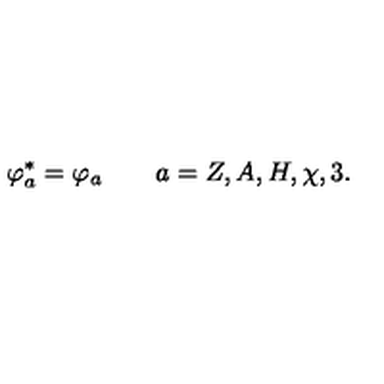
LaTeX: \varphi _ { a } ^ { * } = \varphi _ { a } \qquad a = Z , A , H , \chi , 3 .